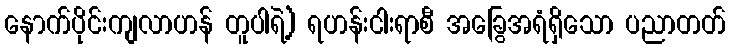
နောက်ပိုင်းကျလာဟန် တူပါရဲ့) ရဟန်းငါးရာစီ အခြွေအရံရှိသော ပညာတတ်